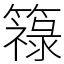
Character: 簶